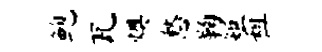
鲍瓦燠愁鞠矩租